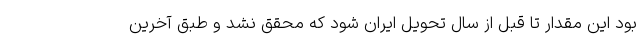
بود این مقدار تا قبل از سال تحویل ایران شود که محقق نشد و طبق آخرین